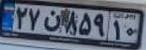
۲۷ن۸۵۹۱۰